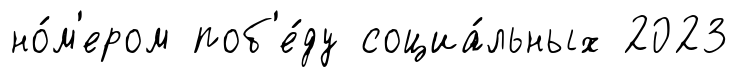
но́м'ером поб'е́ду социа́льных 2023